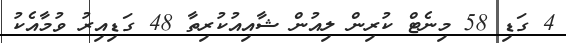
4 ގަޑި 58 މިނެޓް ކުރިން ލިއުން ޝާއިއުކުރިތާ 48 ގަޑިއިރު ވުމާއެކު